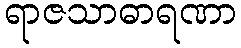
ရာဇသာဓာရဏာ